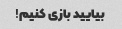
بیایید بازی کنیم!